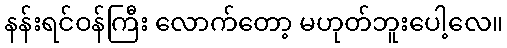
နန်းရင်ဝန်ကြီး လောက်တော့ မဟုတ်ဘူးပေါ့လေ။